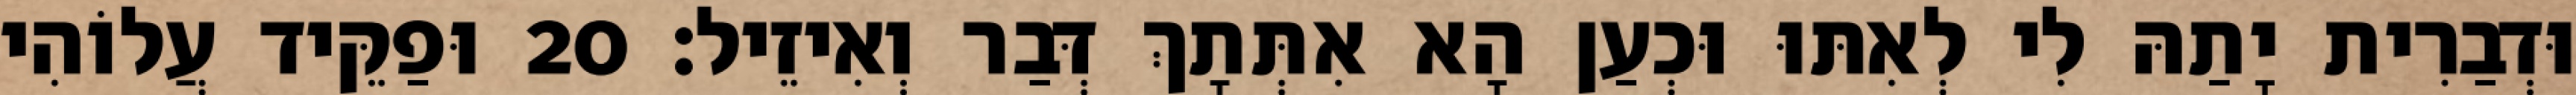
וּדְבַרִית יָתַהּ לִי לְאִתּוּ וּכְעַן הָא אִתְּתָךְ דְּבַר וְאִיזֵיל׃ 20 וּפַקֵּיד עֲלוֹהִי